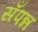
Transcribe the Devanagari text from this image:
सँपन्न